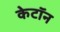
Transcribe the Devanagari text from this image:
केटॉन